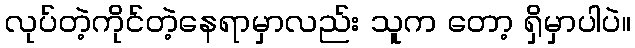
လုပ်တဲ့ကိုင်တဲ့နေရာမှာလည်း သူက တော့ ရှိမှာပါပဲ။